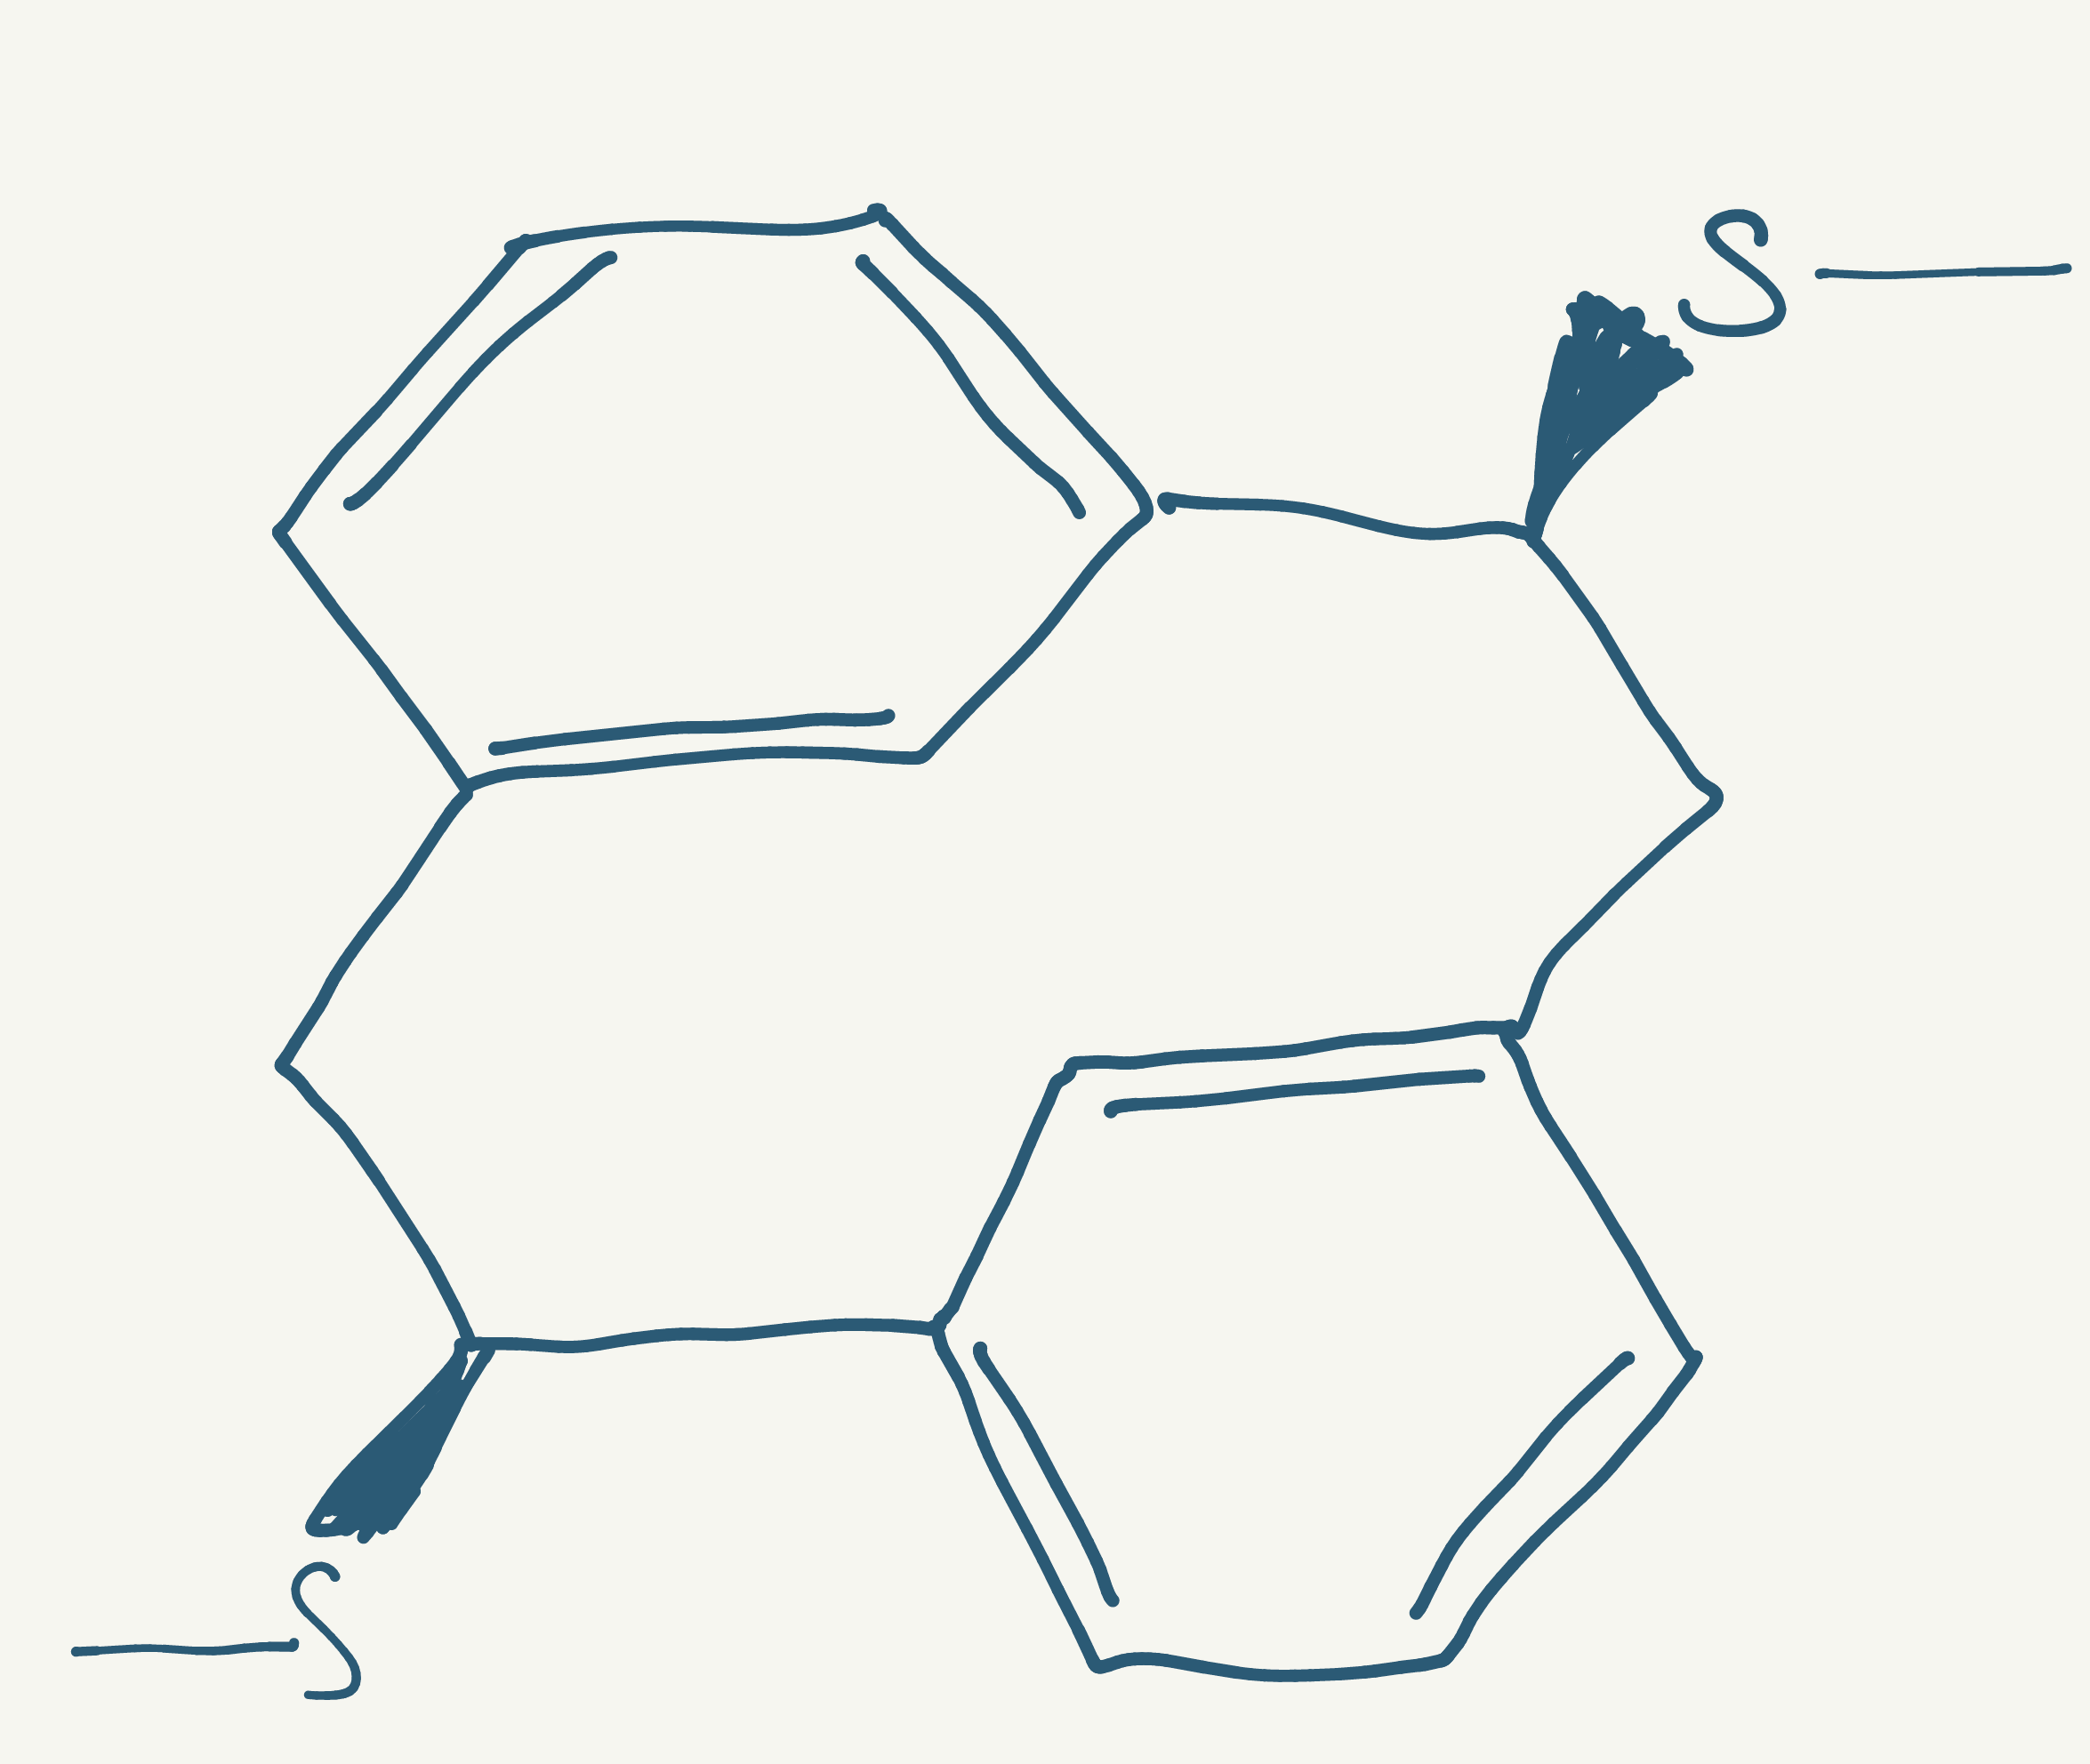
Simplified molecular-input line-entry system (SMILES) notation of the given molecule:
CS[C@H]1CC2=CC(=CC=C2)[C@H](CC3=CC1=CC=C3)SC